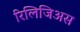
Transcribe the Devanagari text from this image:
रिलिजिअस